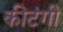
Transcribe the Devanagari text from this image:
कीटंगी